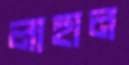
লাহান